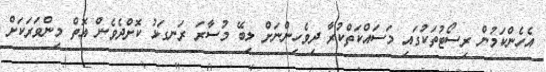
އެހެންކަމުން ރިސޯޓުތަކުގައި މަސައްކަތްކުރާ ދިވެހިންނަށް ލިބޭ މުސާރަ ރަނގަޅު ކޮށްދެވެން އޮތް މިންވަރަކަށް